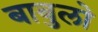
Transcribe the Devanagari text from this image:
बाबुलो